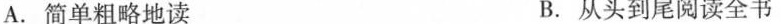
A. 简单粗略地读 B. 从头到尾阅读全书